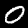
Digit: 0